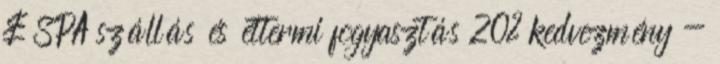
& SPA szállás és éttermi fogyasztás 20% kedvezmény -